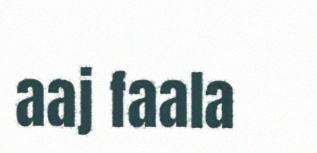
aaj faala